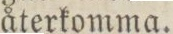
återkomma.